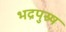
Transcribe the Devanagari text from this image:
भद्रपुस्र्ष